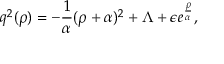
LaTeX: q ^ { 2 } ( \rho ) = - { \frac { 1 } { \alpha } } ( \rho + \alpha ) ^ { 2 } + \Lambda + \epsilon e ^ { \frac { \rho } { \alpha } } ,